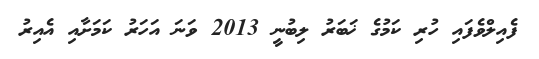
ފެއިލްވެފައި ހުރި ކަމުގެ ޚަބަރު ލިބުނީ 2013 ވަނަ އަހަރު ކަމަށާއި އެއިރު